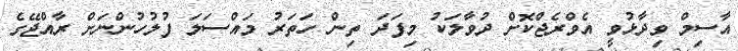
އާސިމް ވިދާޅުވީ އެވްރެޖްކޮށް ދުވާލަކު މިފަދަ ތިން ހަތަރު މައްސަލަ ފުލުހުންނަށް ރާއްޖޭގެ